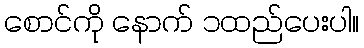
စောင်ကို နောက် ၁ထည်ပေးပါ။